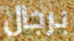
برجال